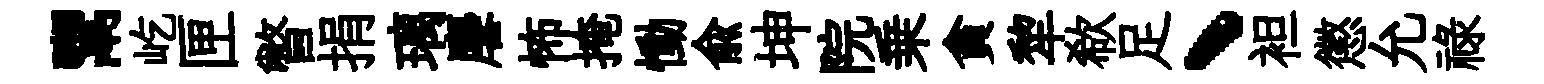
鬻屹匣瞥捐璃麐怖掩慟兪坤院乗貪犂欷足、袒懲允祿